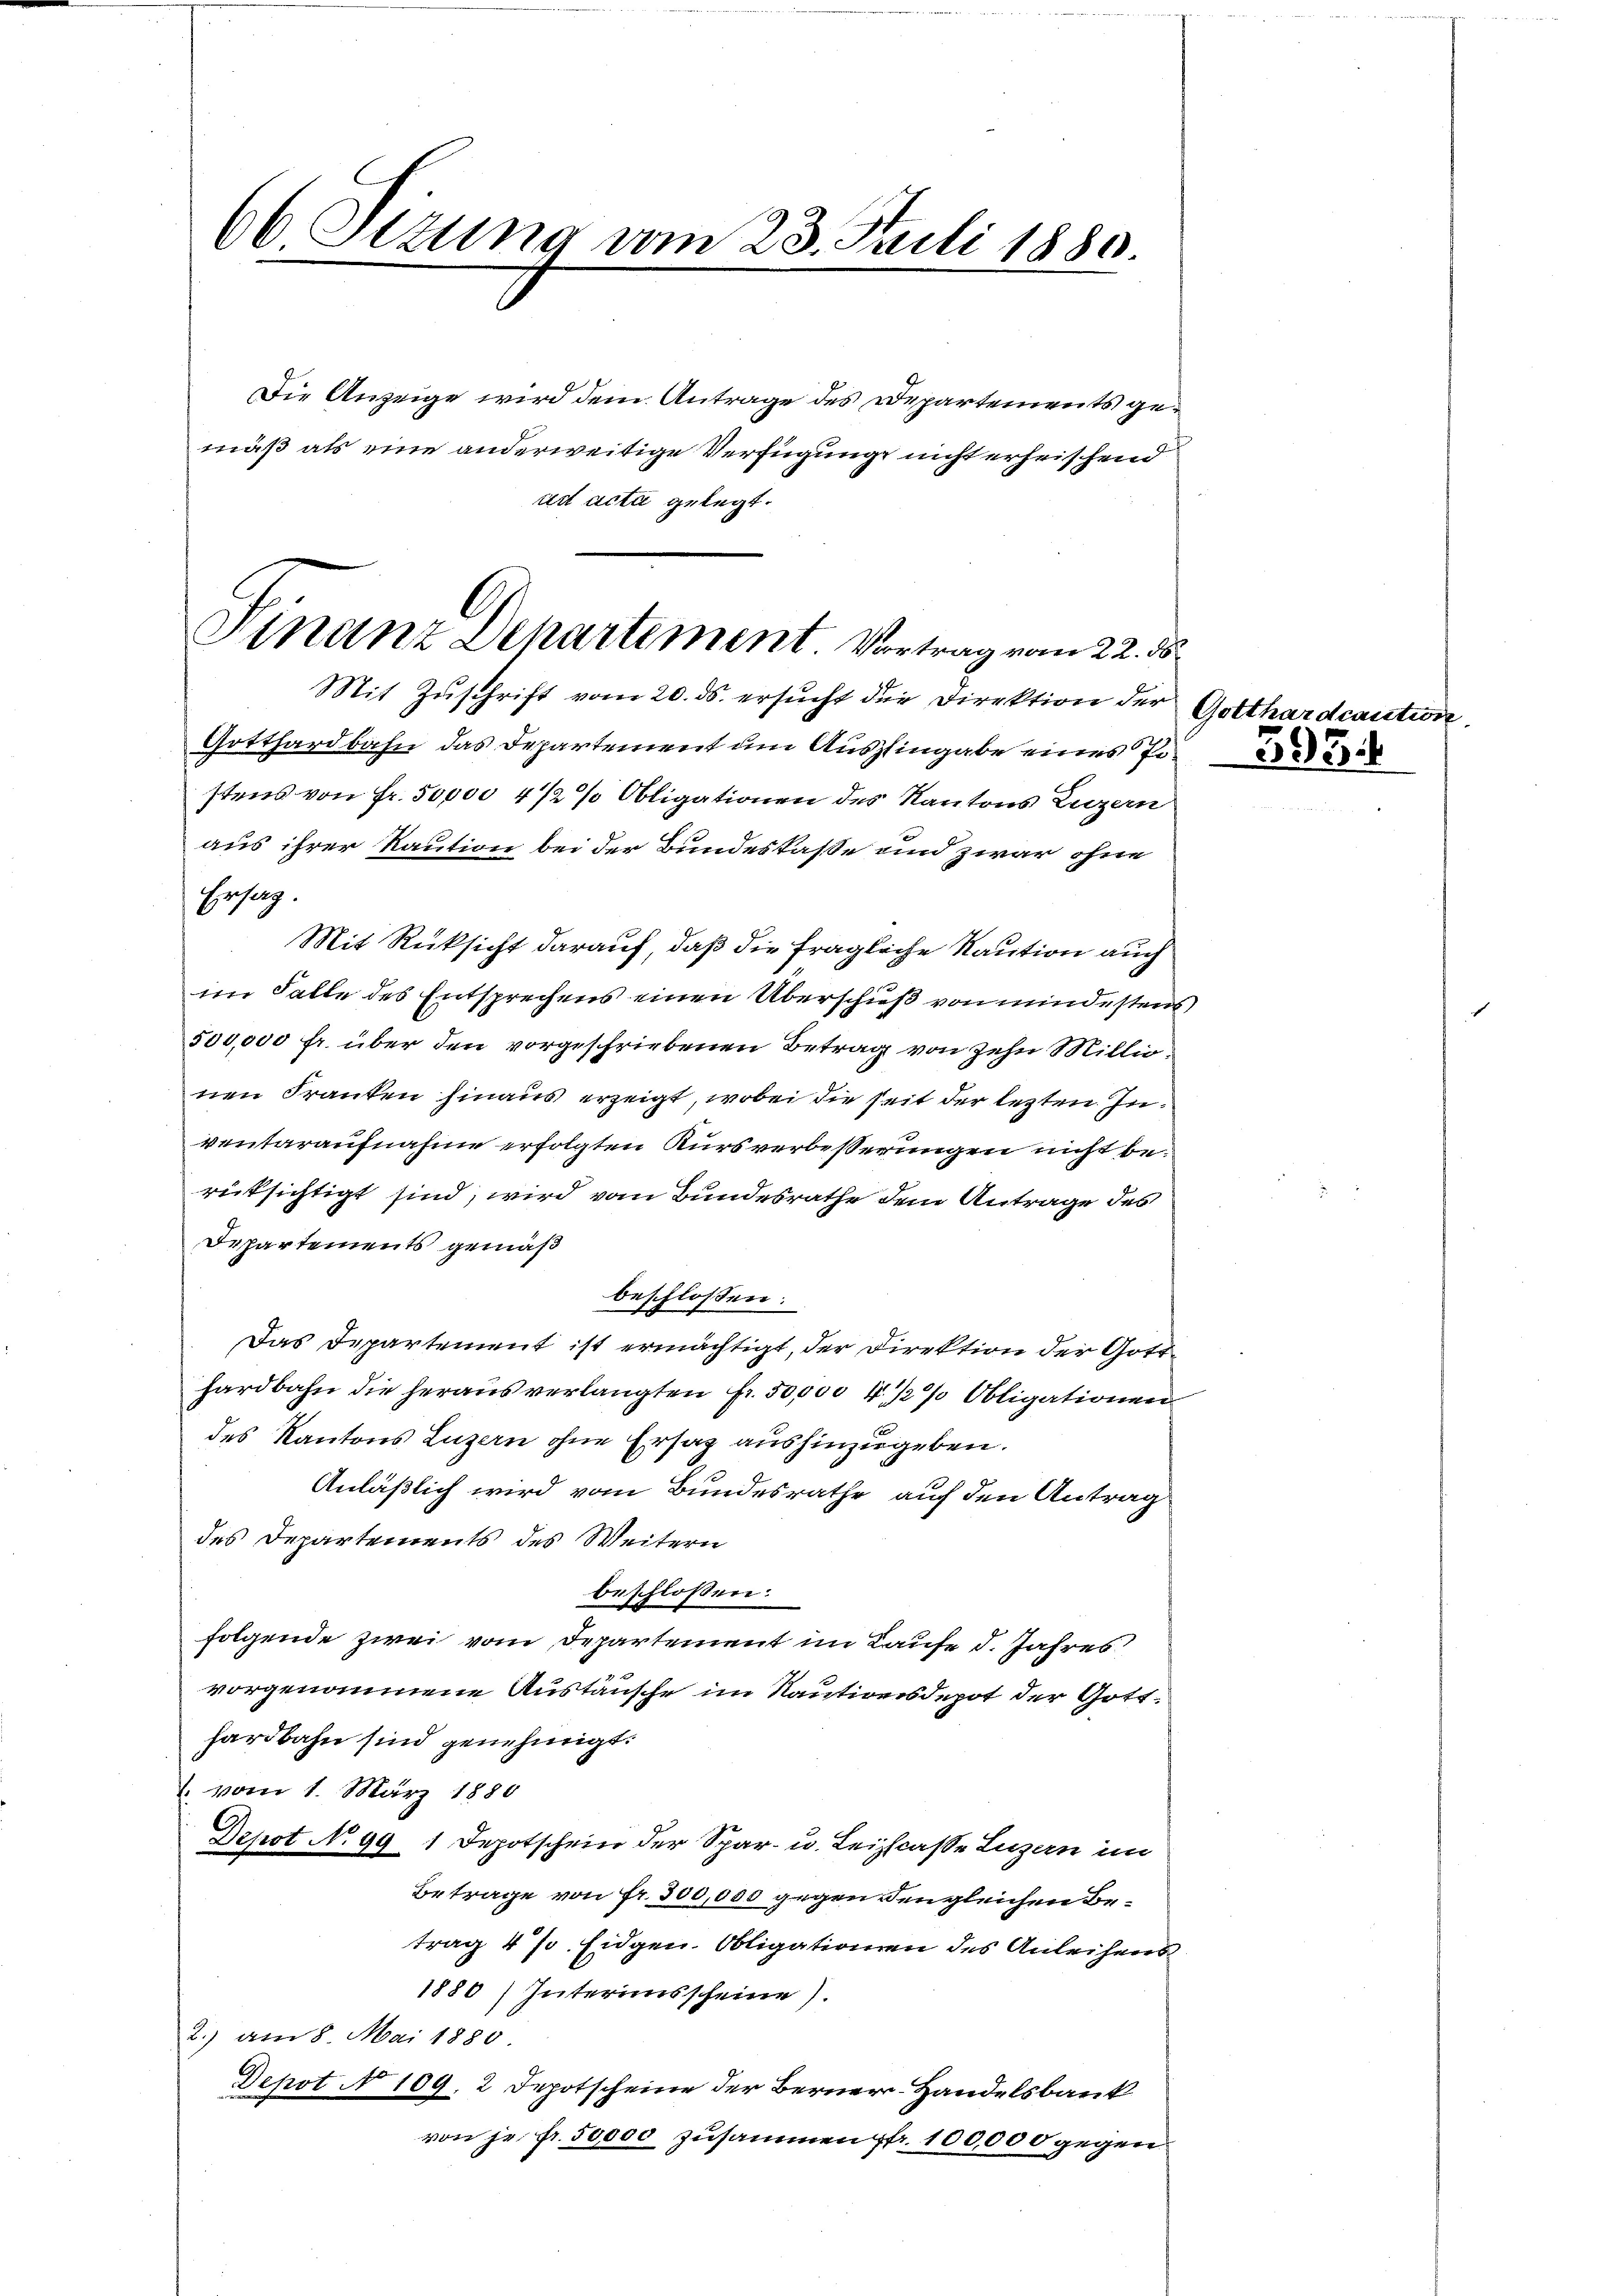
66 Stzung vom 23. Juli 1880.
Die Anzeige wird dem Antrage des Departements gemäß als eine anderweitige Verfügung nicht erheischend
ud acta gelegt.

Finanz Departement. Vortrag vom 22. ds

Ersag.

Mit Zuschrift vom 20. ds. ersucht die Direktion der
Gotthardbahn das Departement um Aushingabe eines Postens von Fr. 50,000 4 1/2 % Obligationen des Kantons Luzern
aus ihrer Kaution bei der Bundeskasse und zwar ohne
Mit Rücksicht darauf, daß die fragliche Kaution auch
im Falle des Entsprechens einen Überschieß von mindestens
500,000 fr. über den vorgeschriebenen Betrag von zehn Millio
nen Franken hinaus erzeigt, wobei die seit der lezten Inventaraufnahme erfolgten Kursverbesserungen nicht berücksichtigt sind, wird von Bundesrathe dem Antrage des
Departements gemäß
beschlossen:
Das Departement ist ermächtigt, der Direktion der Gott
hardbahn die heraus verlangten Fr. 50,000 4 1/2 % Obligationen
des Kantons Luzern ohne Ersatz aushinzugeben.
Anläßlich wird vom Bundesrathe auf den Antrag
des Departements des Weitern
beschlossen:
folgende zwei vom Departement im Laufe d. Jahres
vorgenommene Austausche im Kautionsdepot der Gotthardbahn sind genehmigt.
 vom 1. März 1880
Depot No 991 Depotschein der Spar- u. Leitcasse Luzern im
Betrage von Fr. 300,000 gegen den gleichen Betrag 47. Eidgen. Obligationen des Anleihens
1880) Interimsscheine).
2.) am 8. Mai 1880
Depot No 109. 2 Depotscheine der Berner-Handelsbank
von je fr. 50,000 zusammen fr. 100,000 gegen

Gotthardcai
35

Stec